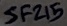
Text: SF215